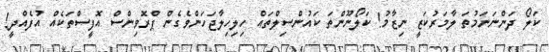
ކަލޯ ދަންނަނަމުތަ ލާމަރުކަޒީ ނިޒާމު! ކަލޯނޫންތަ ކައުންސިލްތައް ހިލިހިލާޖަހަންވެގެން ޕްރޮވިންސް އޮފީސްތަކެއް އުފެއްދީ!